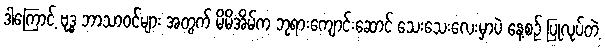
ဒါကြောင့် ဗုဒ္ဓ ဘာသာဝင်များ အတွက် မိမိအိမ်က ဘုရားကျောင်းဆောင် သေးသေးလေးမှာပဲ နေ့စဉ် ပြုလုပ်တဲ့